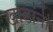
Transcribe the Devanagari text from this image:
खोंडांनी